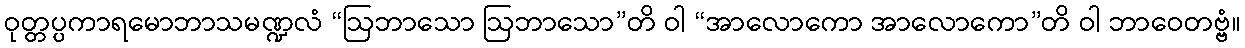
ဝုတ္တပ္ပကာရမောဘာသမဏ္ဍလံ “ဩဘာသော ဩဘာသော”တိ ဝါ “အာလောကော အာလောကော”တိ ဝါ ဘာဝေတဗ္ဗံ။